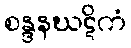
စန္ဒနဃဋိကံ